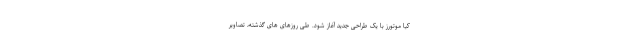
کیا موتورز با یک طراحی جدید آغاز شود. طی روزهای های گذشته، تصاویر